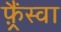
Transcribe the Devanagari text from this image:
फ़्रैंस्वा